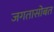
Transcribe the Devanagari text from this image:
जगतासोबत